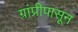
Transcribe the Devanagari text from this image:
ग्रांप्रीपासून